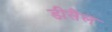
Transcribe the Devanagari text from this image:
डीसैल